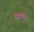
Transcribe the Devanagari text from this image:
वाक्याँश